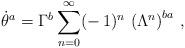
LaTeX: \begin{align*}\dot\theta^a=\Gamma^b\sum_{n=0}^\infty(-\,1)^n\,\left(\Lambda^n\right)^{ba}\,,\end{align*}